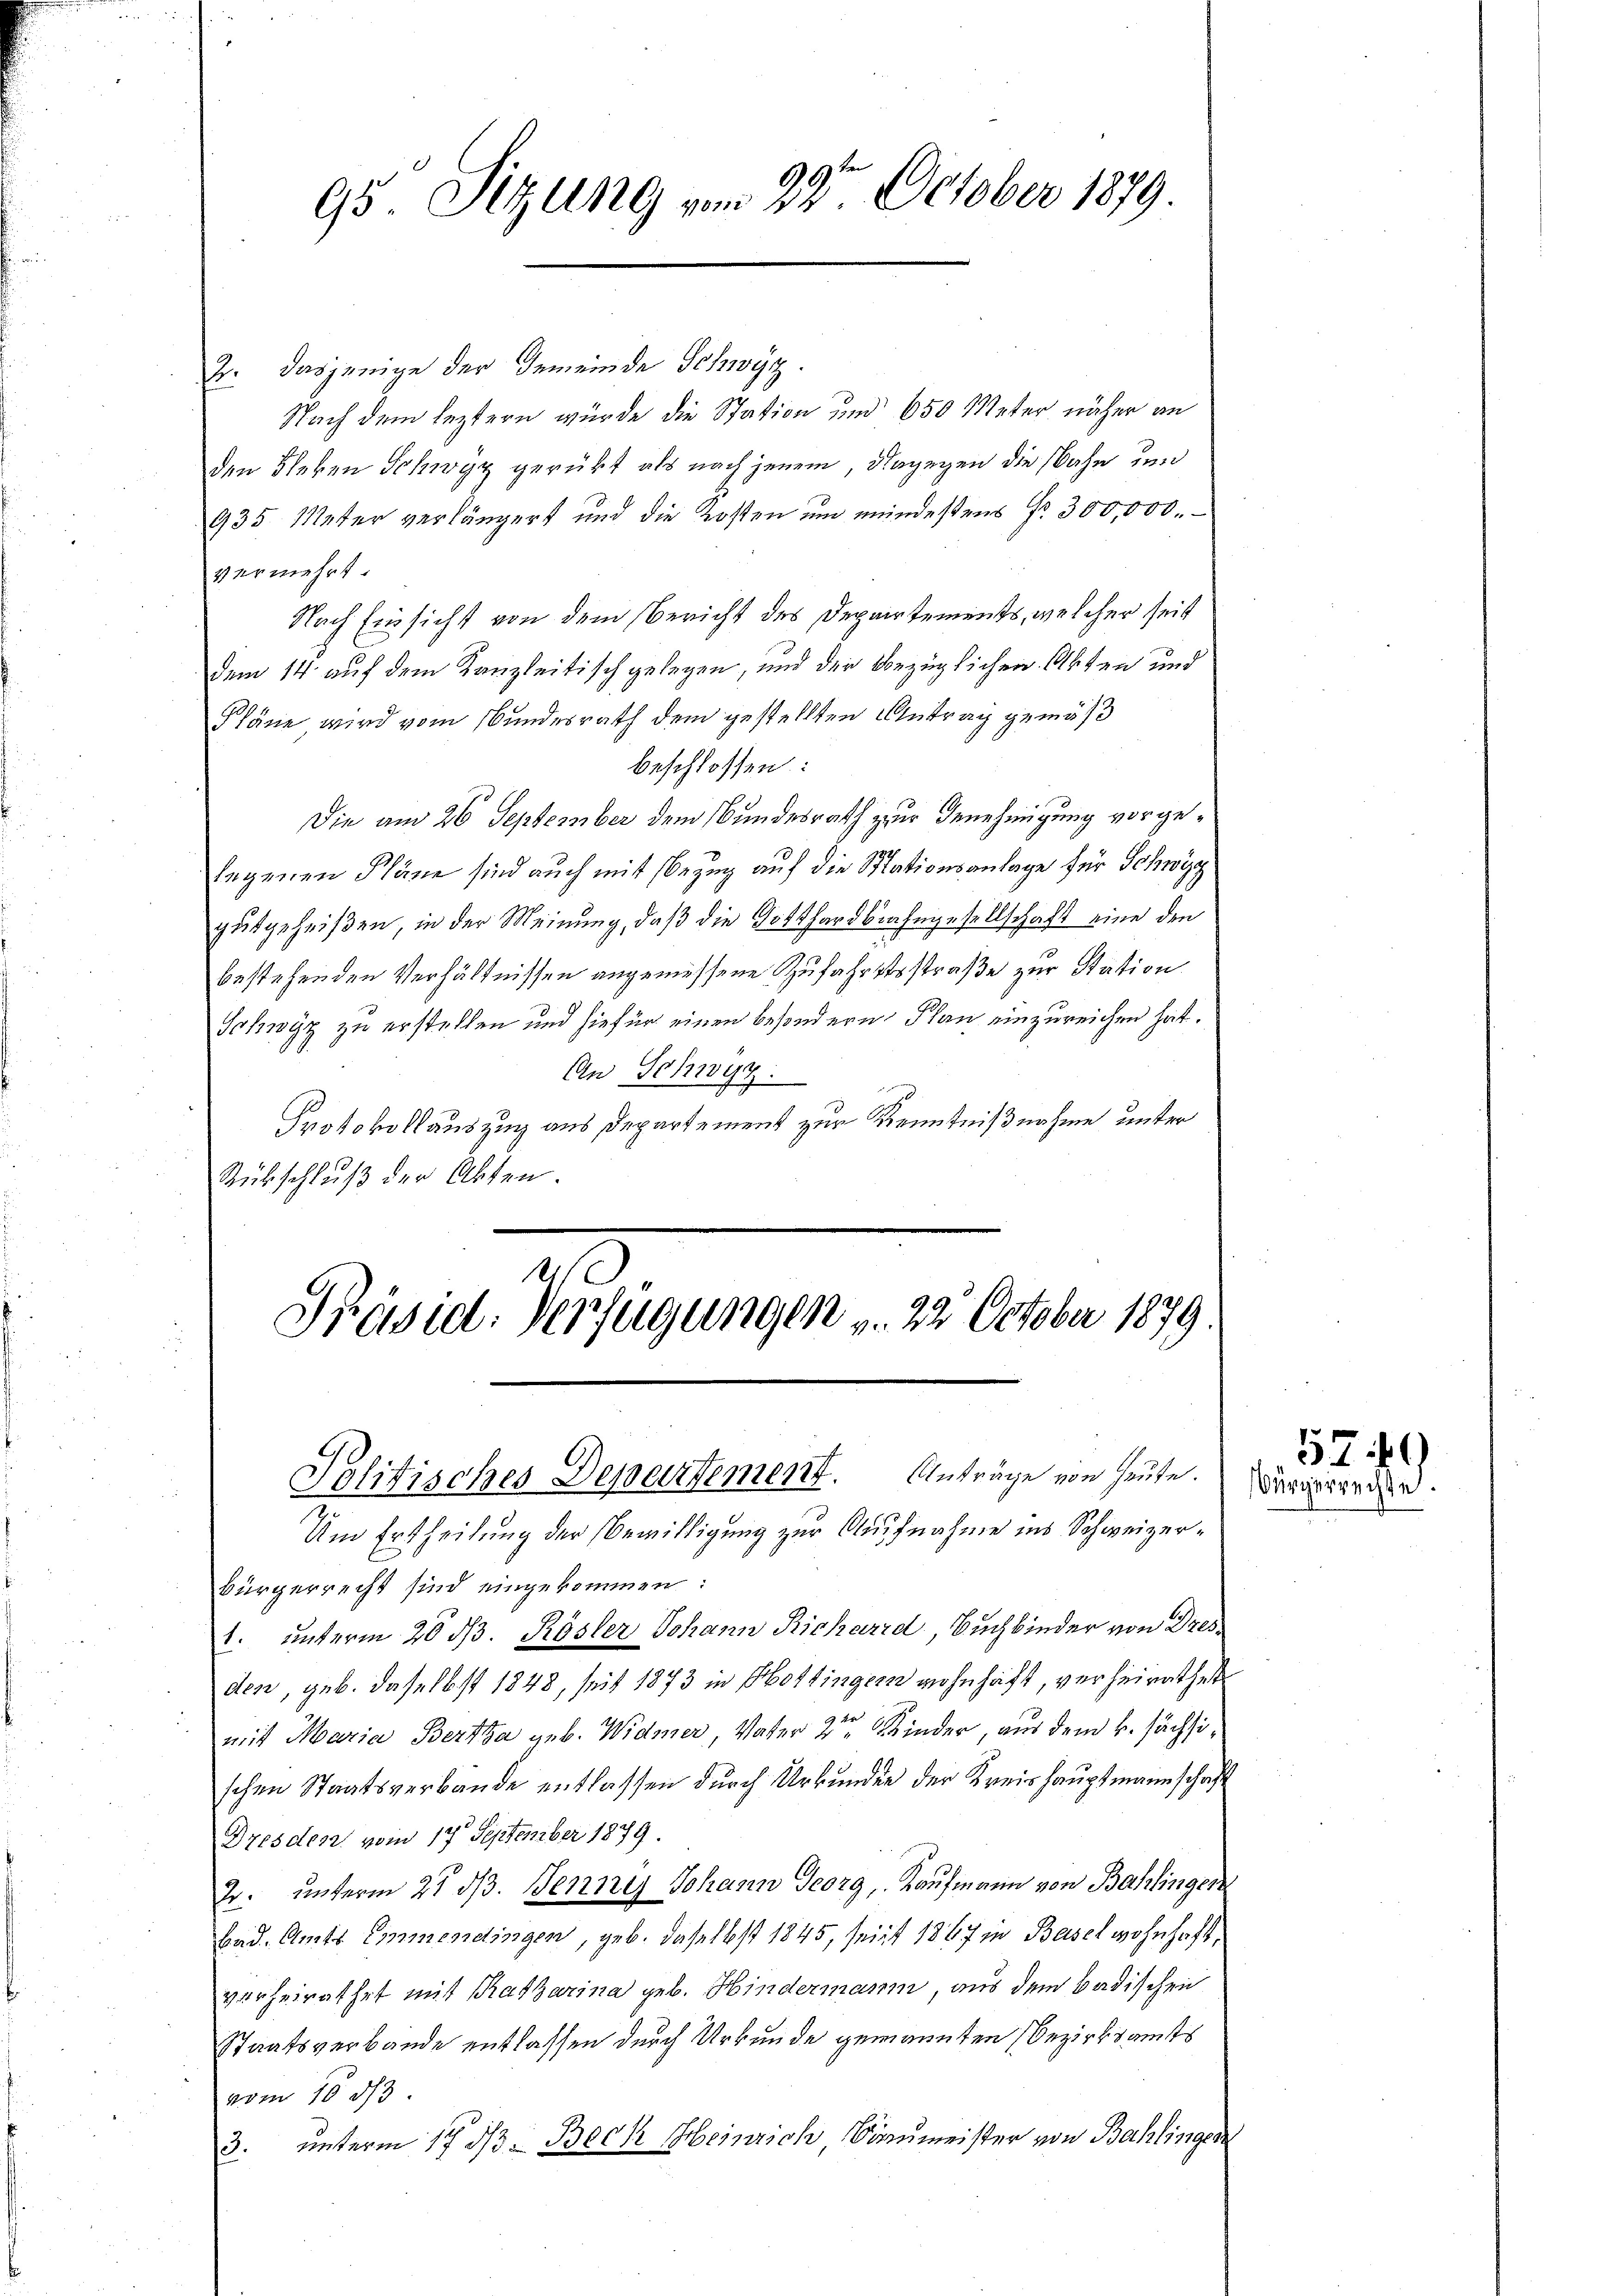
95. Sitzung vom 22ten October 1879

2. dasjenige der Gemeinde Schwyz.
Nach dem leztern würde die Station und 650 Meter näher an
den Fleken Schwyz gerückt als nach jenem, dagegen die Bahn und
935 Meter verlängert und die Kosten ŭm mindestens Fr. 300,000.
vermehrt.
Nach Einsicht von dem Bericht des Departements, welcher seit
dem 14. auf dem Kanzleitisch gelegen, und der bezüglichen Akten und
Pläne wird vom Bundesrath dem gestellten Antrag gemäß
beschlossen:
Die am 26 September dem Bundesrath zur Genehmigung vorgelegenen Pläne sind auch mit Bezug auf die Stationsanlage für Schwyz
gutgeheißen, in der Meinung, daß die Gotthardbahngesellschaft eine den
bestehenden Verhältnissen angemessene Zufahrtsstraße zur Station
Schwyz zu erstellen und hiefür einen besondern Plan einzureichen hat.
An Schwur
J
Protokollauszug aus Departement zur Kenntnißnahme unter
Rübschluß der Akten.

Präsid. Verfügungen v. 22. October 1879
Politisches Departement. Anträge von heute.

Um Ertheilung der Bewilligung zur Aufnahme ins Schweizerbürgerrecht sind eingekommen:
1. unterm 20 d. Rösler Johann Richarid. Buchbinder von Dresden, geb. daselbst 1848, seit 1873 in Hottingern wohnhaft, verheirathet
mit Maria Bertha geb. Widmer, Vater 2ten Kinder, aus dem k. sächsischen Staatsverbände entlassen durch Urkunden der Kreishauptmannschaft
Dresden vom 17. September 1879.
2. unterm 27. dβ. Jenny Johann Georg, Kaufmann von Bahlingen
bad. Amts Emmendingen, geb. daselbst 1845, seit 1867 in Basel wohnhaft,
verheirathet mit Ratharina geb. Hindermann, aus dem badischen
Staatsverbande entlassen durch Urkunde genannten Bezirksamts
vom 10 d
3. unterm 17. dβ. Beck Heinrich Braumeister von Bahlingen

579)
Bürgerrechte.